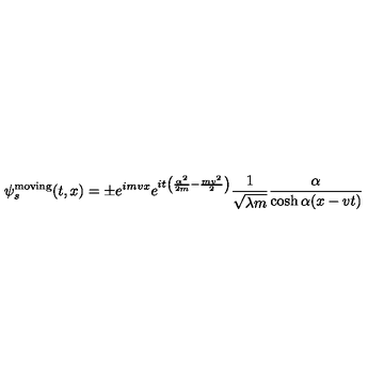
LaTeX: \psi _ { s } ^ { \mathrm { m o v i n g } } ( t , x ) = \pm e ^ { i m v x } e ^ { i t \left( \frac { \alpha ^ { 2 } } { 2 m } - \frac { m v ^ { 2 } } { 2 } \right) } \frac { 1 } { \sqrt { \lambda m } } \frac { \alpha } { \cosh \alpha ( x - v t ) }